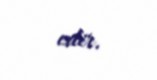
edir.